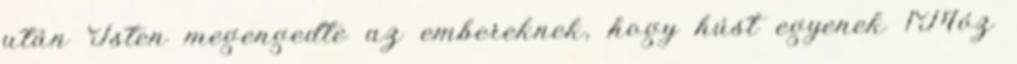
után Isten megengedte az embereknek, hogy húst egyenek 1Móz